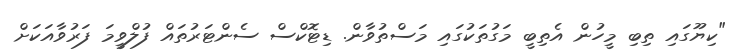
"ކިޔޫގައި ތިބި މީހުން އެތިބީ މަގުތަކުގައި މަސްތުވާން. ޑިޓޮކްސް ސެންޓަރުތައް ފުލްވީމަ ފަރުވާއަކަށް